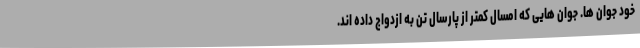
خود جوان ها. جوان هایی که امسال کمتر از پارسال تن به ازدواج داده اند.